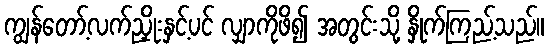
ကျွန်တော့်လက်ညှိုးနှင့်ပင် လျှာကိုဖိ၍ အတွင်းသို့ နှိုက်ကြည့်သည်။